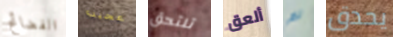
الفضائح عجيب تلتحق ألعق لم يحدق